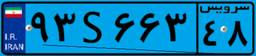
۹۳S۶۶۳۴۸